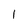
Character: 1